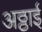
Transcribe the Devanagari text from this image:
अठ्ठाई